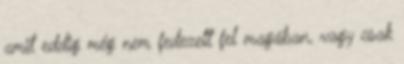
amit eddig még nem fedezett fel magában, vagy csak